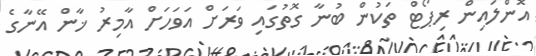
އޮންލައިން ރިޕޯޓް ތަކުން ބުނާ ގޮތުގައި ވަރަށް އަވަހަށް އާމިރު ޚާން އޭނާގެ